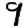
Digit: 9